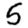
Digit: 5